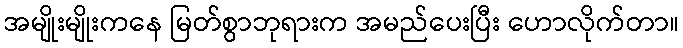
အမျိုးမျိုးကနေ မြတ်စွာဘုရားက အမည်ပေးပြီး ဟောလိုက်တာ။